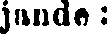
jande :